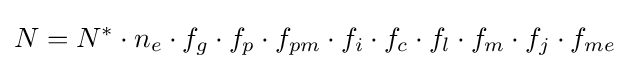
N=N^{*}\cdot n_{e}\cdot f_{g}\cdot f_{p}\cdot f_{pm}\cdot f_{i}\cdot f_{c}\cdot f_{l}\cdot f_{m}\cdot f_{j}\cdot f_{me}